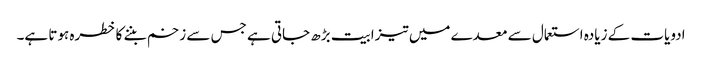
ادویات کے زیادہ استعمال سے معدے میں تیزابیت بڑھ جاتی ہے جس سے زخم بننے کا خطرہ ہوتا ہے۔